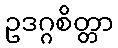
ဥဒဂ္ဂစိတ္တာ